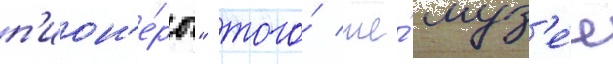
п'ион'е́ры" того́ же́ муз'е́я